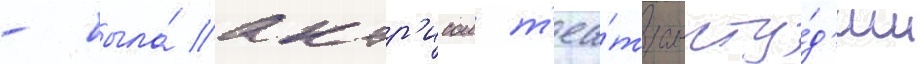
- была́ актр'исои т'еа́тра-сту́д'ии